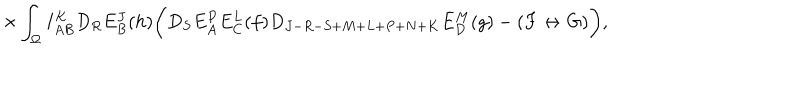
\times \int _ { \Omega } I _ { A B } ^ { K } D _ { R } E _ { B } ^ { J } ( h ) \biggl ( D _ { S } E _ { A } ^ { P } E _ { C } ^ { L } ( f ) D _ { J - R - S + M + L + P + N + K } E _ { D } ^ { M } ( g ) - ( F \leftrightarrow G ) \biggr ) ,